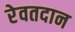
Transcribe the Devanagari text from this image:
रेवतदान